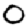
Digit: 0